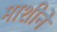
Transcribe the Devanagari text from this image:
माशीने